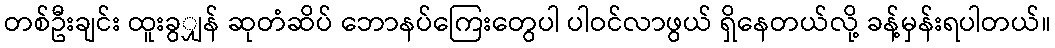
တစ်ဦးချင်း ထူးခွျှန် ဆုတံဆိပ် ဘောနပ်ကြေးတွေပါ ပါဝင်လာဖွယ် ရှိနေတယ်လို့ ခန့်မှန်းရပါတယ်။